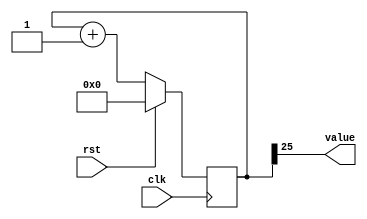
module counter_31 (
    input clk,
    input rst,
    output reg [0:0] value
  );
  
  localparam SIZE = 1'h1;
  localparam DIV = 5'h19;
  localparam TOP = 1'h0;
  localparam UP = 1'h1;
  
  
  reg [25:0] M_ctr_d, M_ctr_q = 1'h0;
  
  localparam MAX_VALUE = 26'h1ffffff;
  
  always @* begin
    M_ctr_d = M_ctr_q;
    
    value = M_ctr_q[25+0-:1];
    if (1'h1) begin
      M_ctr_d = M_ctr_q + 1'h1;
      if (1'h0 && M_ctr_q == 26'h1ffffff) begin
        M_ctr_d = 1'h0;
      end
    end else begin
      M_ctr_d = M_ctr_q - 1'h1;
      if (1'h0 && M_ctr_q == 1'h0) begin
        M_ctr_d = 26'h1ffffff;
      end
    end
  end
  
  always @(posedge clk) begin
    if (rst == 1'b1) begin
      M_ctr_q <= 1'h0;
    end else begin
      M_ctr_q <= M_ctr_d;
    end
  end
  
endmodule